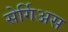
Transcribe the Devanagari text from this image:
सेर्गिअस